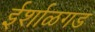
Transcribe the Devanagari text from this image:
ईर्शाळगड